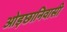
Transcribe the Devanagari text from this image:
ओड़छानिवासी